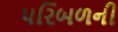
પરિબળની